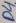
Text: D4